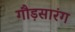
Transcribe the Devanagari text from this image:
गौड़सारंग